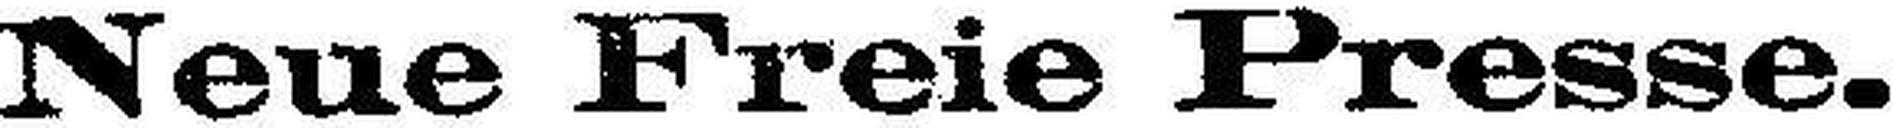
Neue Freie Presse.